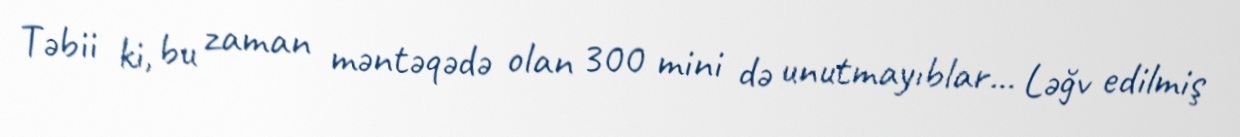
Təbii ki, bu zaman məntəqədə olan 300 mini də unutmayıblar... Ləğv edilmiş